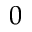
0